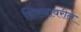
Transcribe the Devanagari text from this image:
शिस्नावरील